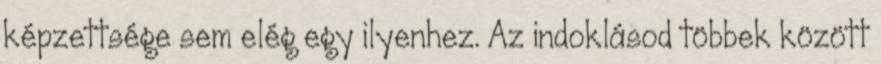
képzettsége sem elég egy ilyenhez. Az indoklásod többek között